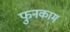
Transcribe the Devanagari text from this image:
फुनकाम